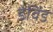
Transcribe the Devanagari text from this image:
डेविंड